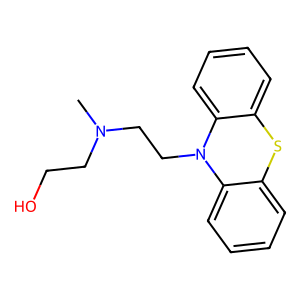
SMILES: CN(CCO)CCN1c2ccccc2Sc2ccccc21
Inhibits HIV replication: No